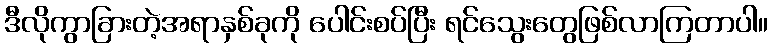
ဒီလိုကွာခြားတဲ့အရာနှစ်ခုကို ပေါင်းစပ်ပြီး ရင်သွေးတွေဖြစ်လာကြတာပါ။